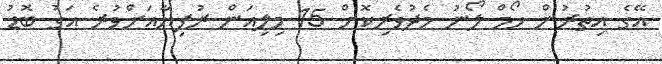
އޭގެ އިތުރުން ހޯމް ލޯނު މެދުވެރިކޮށް 15 މިލިއަން ރުފިޔާއަށްވުރެ އަގު ބޮޑު